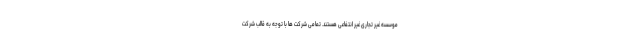
موسسه غیر تجاری غیر انتفاعی هستند. تمامی شرکت ها با توجه به قالب شرکت